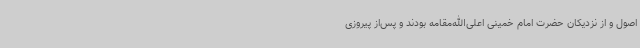
اصول و از نزدیکان حضرت امام خمینی اعلی‌الله‌مقامه بودند و پس‌از پیروزی